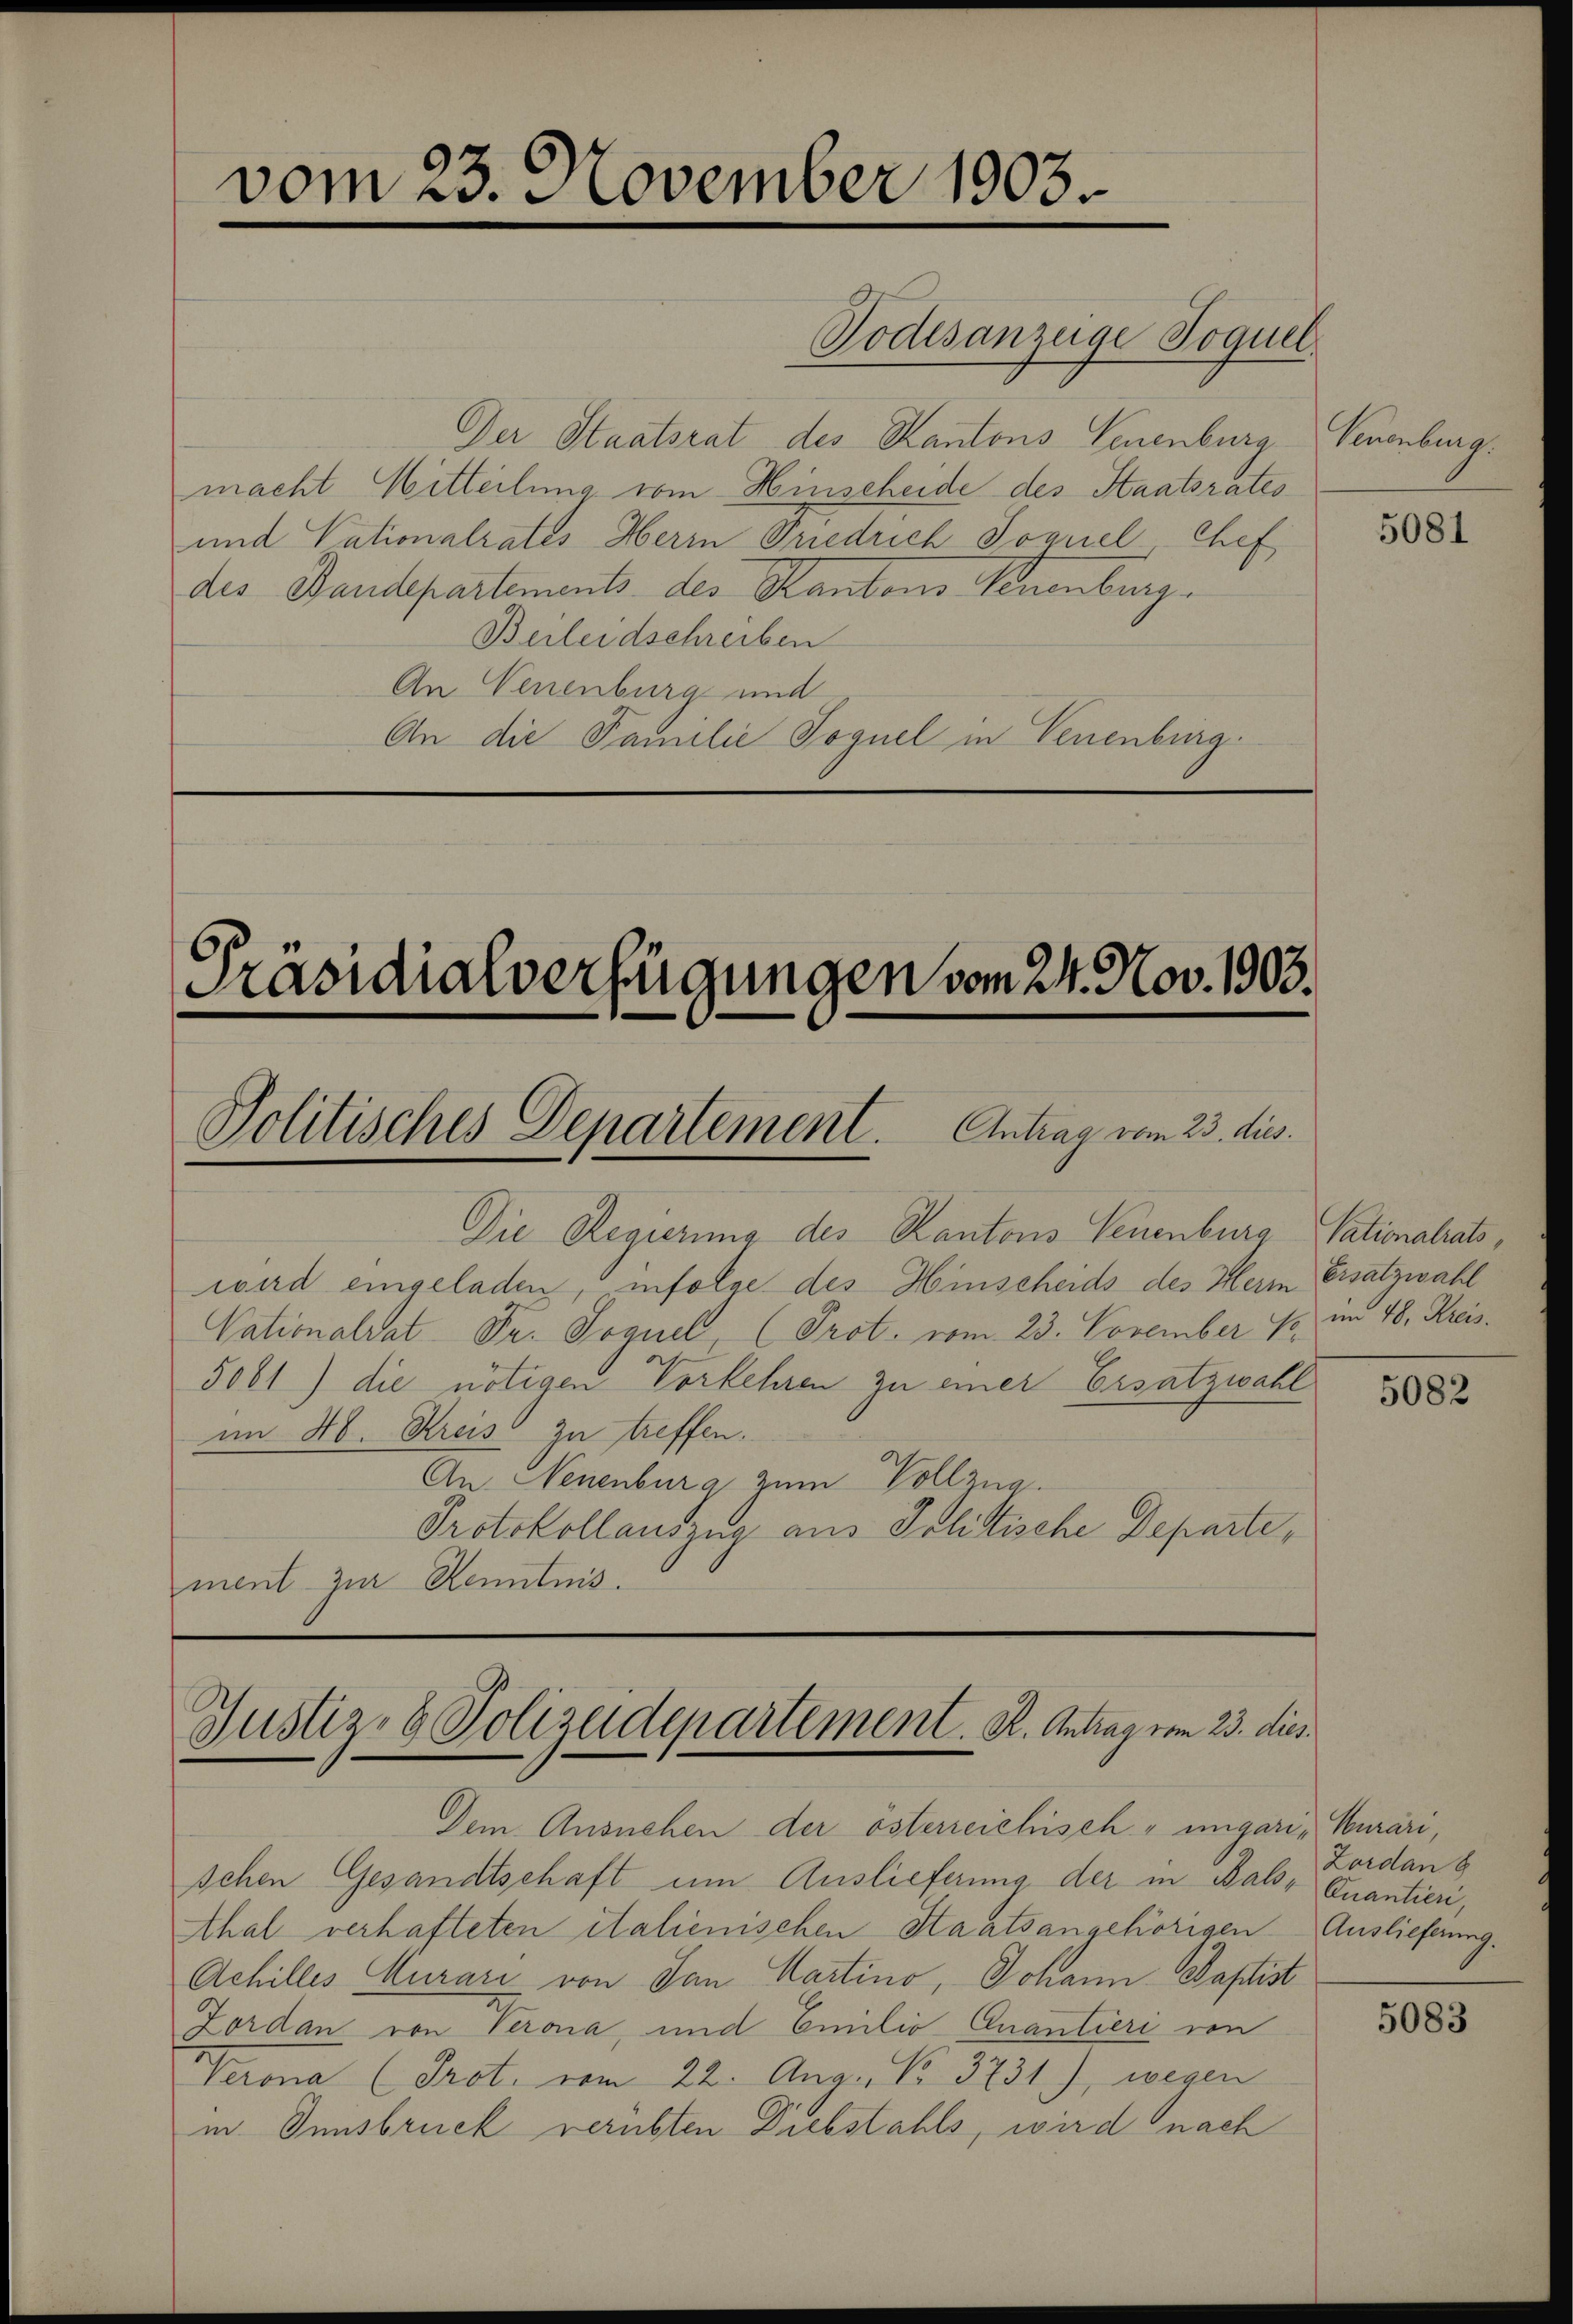
vom 23. November 1903.

Der Staatsrat des Kantons Neuenburg
macht Mitteilung vom Hinscheide des Staatsrates
und Vationalrates Herrn Priedrich Soguel-Chef
des Baudepartements des Kantons Neuenburg
Berleidschreiben
An Neuenburg und
An die Familie Toguel in Neuenburg.

ment zur Kenntnis.

Todesanzeige Soquel

Präsidialverfügungen vom 24. Nov. 1903.
Politisches Departement. Antrag vom 23. dies.

Die Regierung des Kantons Neuenburg
wird eingeladen, infolge des Hinscheids des Herr Ersatzwahl
Vationalrat Dr. Soguel, (Prot. vom 23. November 18 im 48. Kreis¬
5081) die nötigen Vorkehren zu einer Ersatzwahl
im 4. Kreis zu treffen.
An Neuenburg zum Vollzug.
Protokollauszug aus Politische Departe,

Justiz- & Polizeidepartement. K. Antrag vom 23. dies

Dem Ausnehen der österreichisch-ungaris Murári,
schen Gesandtschaft um Auslieferung der in Bals, Quantier,
thal verhafteten italienischen Staatsangehörigen Auslieferung.
Achilles Curari von dan Martino, Johann Paptist
Zordan von Verona, und Emilio Quantieri von
Verona (Prot. vom 22. Aug. No 3731), wegen
in Innsbruck verübten Diebstahls, wird nach

Venenberg.

5081

Vationalrats,

5082

Zordan 8

5083